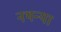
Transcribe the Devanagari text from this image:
नथन्या